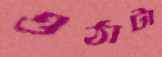
ওঠাটা